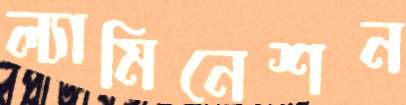
ল্যামিনেশন